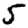
Digit: 5